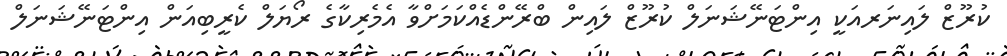
ކުރޫޒް ލައިނަރއަކީ އިންޓަނޭޝަނަލް ކުރޫޒް ލައިން ބްރޭންޑެއްކަމަށްވާ އެމެރިކާގެ ރޯޔަލް ކެރީބިއަން އިންޓަނޭޝަނަލް